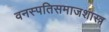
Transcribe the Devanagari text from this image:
वनस्पतिसमाजशास्त्र